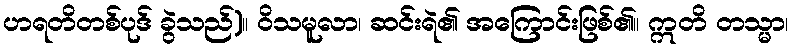
ဟရတိတစ်ပုဒ် ခွဲသည်)။ ဝိသမူလာ၊ ဆင်းရဲ၏ အကြောင်းဖြစ်၏။ ဣတိ တသ္မာ၊